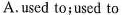
A.used to;used to